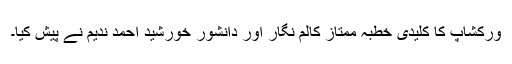
ورکشاپ کا کلیدی خطبہ ممتاز کالم نگار اور دانشور خورشید احمد ندیم نے پیش کیا۔